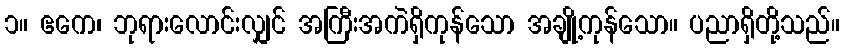
၁။ ဧကေ၊ ဘုရားလောင်းလျှင် အကြီးအကဲရှိကုန်သော အချို့ကုန်သော။ ပညာရှိတို့သည်။